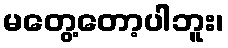
မတွေ့တော့ပါဘူး၊